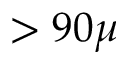
> 9 0 \mu